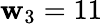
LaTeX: \mathbf{w}_{3}=11